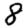
Digit: 8